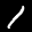
Label: 1